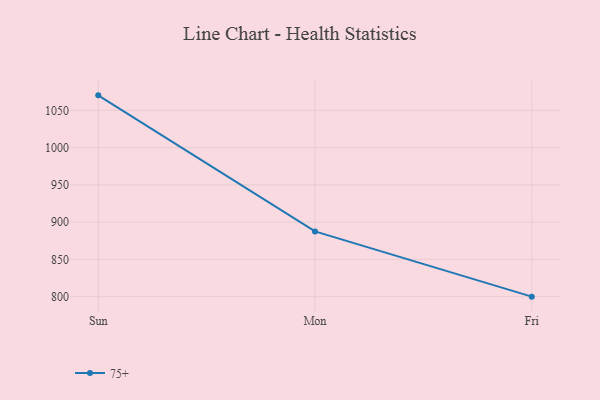
{"axis": {"x": "Day", "y": "Customer Acquisition Cost (USD)"}, "legend": ["75+"], "data": [{"x": "Sun", "y": 1070.1, "type": "75+"}, {"x": "Mon", "y": 887.5, "type": "75+"}, {"x": "Fri", "y": 800, "type": "75+"}]}